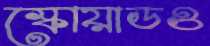
স্কোয়াডও